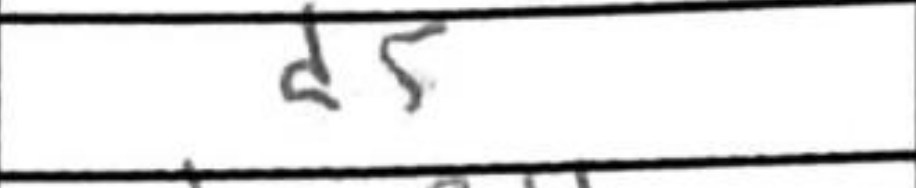
Transcription: d5